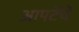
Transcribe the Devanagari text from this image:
आपटेंचे